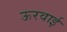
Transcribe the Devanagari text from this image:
ऊरवाई